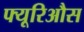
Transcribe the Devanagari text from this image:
फ्यूरिऔस